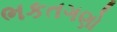
ભકતગણો